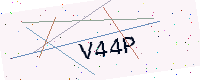
Text: V44P